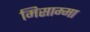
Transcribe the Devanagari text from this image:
मिसाम्मा